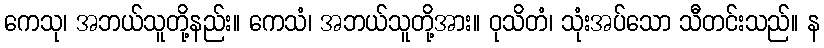
ကေသု၊ အဘယ်သူတို့နည်း။ ကေသံ၊ အဘယ်သူတို့အား။ ဝုသိတံ၊ သုံးအပ်သော သီတင်းသည်။ န